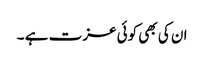
ان کی بھی کوئی عزت ہے ۔